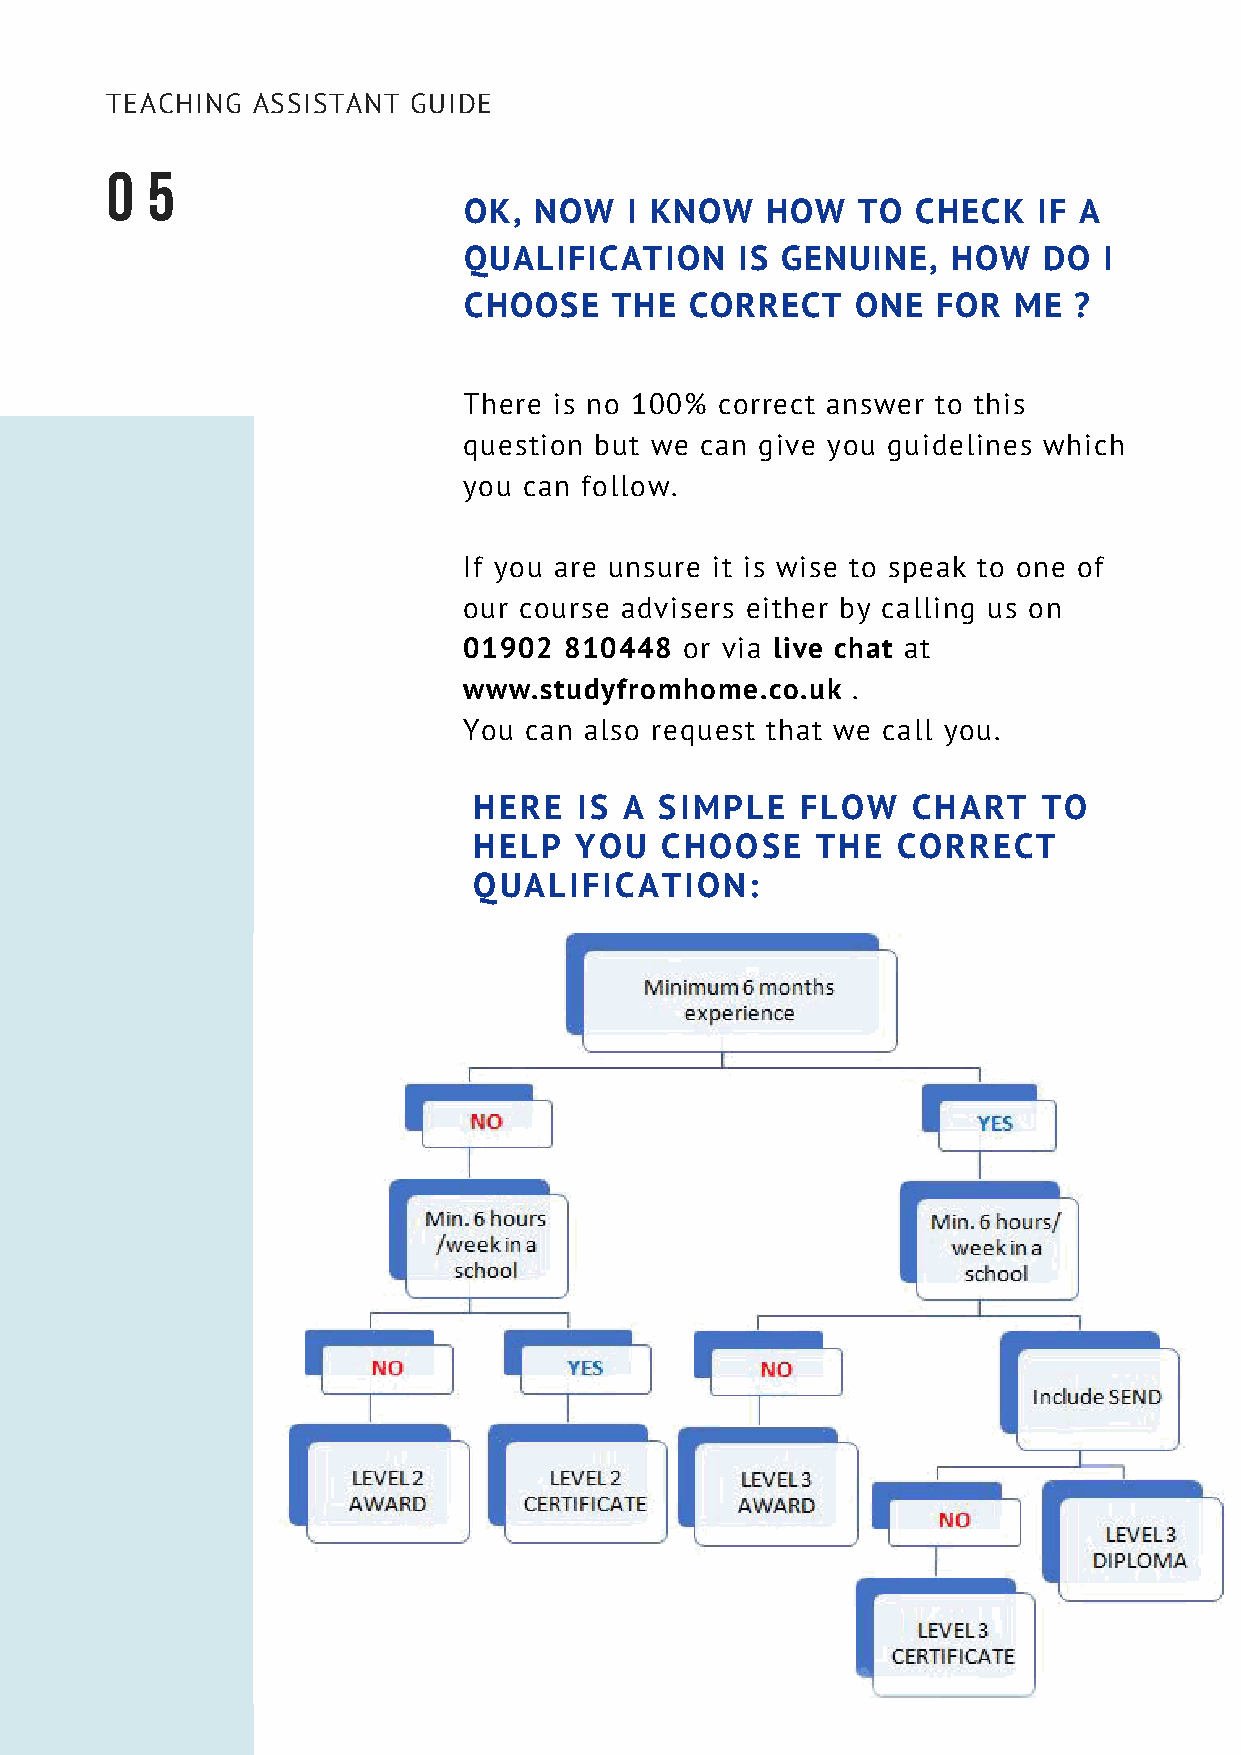
TEACHING  ASSISTANT GUIDE
 0  5
 OK, NOW   I KNOW    HOW   TO  CHECK   IF A
 QUALIFICATION     IS GENUINE,   HOW   DO  I
 CHOOSE   THE   CORRECT    ONE  FOR  ME  ?
 There is no 100% correct answer to this
 question but we can give you guidelines which
 you can follow.
 If you are unsure it is wise to speak to one of
 our course advisers either by calling us on
 01902 810448  or via live chat at
 www.studyfromhome.co.uk  .
 You can also request that we call you.
 HERE   IS A  SIMPLE   FLOW   CHART    TO
 HELP   YOU   CHOOSE    THE  CORRECT
 QUALIFICATION: